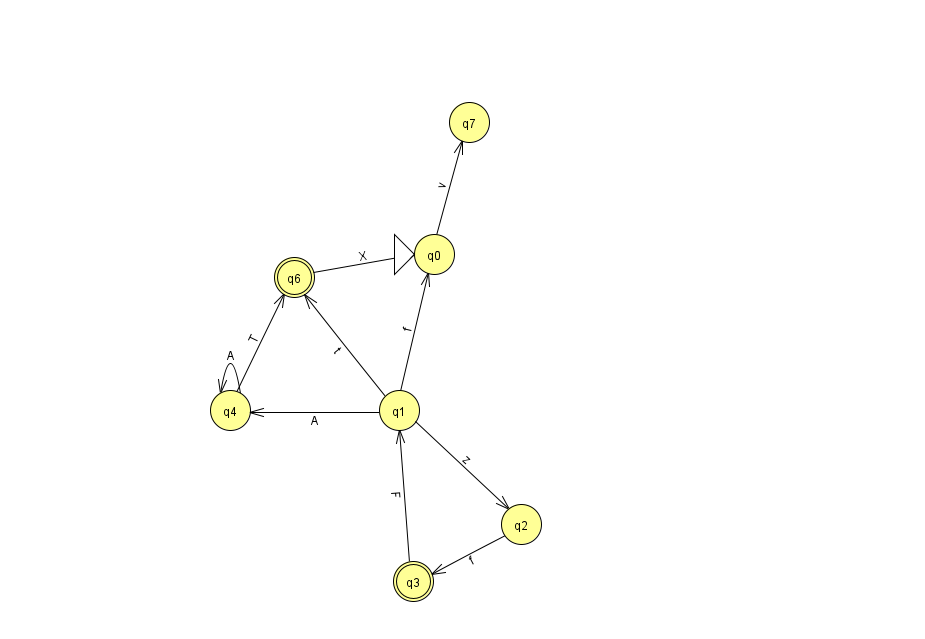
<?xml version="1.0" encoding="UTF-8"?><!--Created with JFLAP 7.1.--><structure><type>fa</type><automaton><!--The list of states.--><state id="0" name="q0"><x>434.0</x><y>241.0</y><initial/></state><state id="1" name="q1"><x>399.0</x><y>397.0</y></state><state id="2" name="q2"><x>521.0</x><y>511.0</y></state><state id="3" name="q3"><x>413.0</x><y>568.0</y><final/></state><state id="4" name="q4"><x>230.0</x><y>397.0</y></state><state id="5" name="q5"><x>966.0</x><y>50.0</y></state><state id="6" name="q6"><x>294.0</x><y>264.0</y><final/></state><state id="7" name="q7"><x>469.0</x><y>109.0</y></state><!--The list of transitions.--><transition><from>1</from><to>0</to><read>f</read></transition><transition><from>4</from><to>4</to><read>A</read></transition><transition><from>3</from><to>1</to><read>F</read></transition><transition><from>6</from><to>0</to><read>X</read></transition><transition><from>4</from><to>6</to><read>T</read></transition><transition><from>2</from><to>3</to><read>f</read></transition><transition><from>1</from><to>6</to><read>t</read></transition><transition><from>5</from><to>5</to><read>Z</read></transition><transition><from>1</from><to>2</to><read>z</read></transition><transition><from>1</from><to>4</to><read>A</read></transition><transition><from>0</from><to>7</to><read>v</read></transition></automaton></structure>